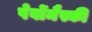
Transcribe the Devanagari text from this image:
पेर्वोमैस्की